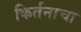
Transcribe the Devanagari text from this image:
किर्तनाचा